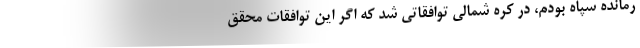
رمانده سپاه بودم، در کره شمالی توافقاتی شد که اگر این توافقات محقق